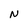
Character: N